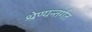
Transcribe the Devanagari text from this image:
श्रेण्यन्तर्गत